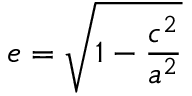
e = { \sqrt { 1 - { \frac { c ^ { 2 } } { a ^ { 2 } } } } }